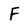
Character: F